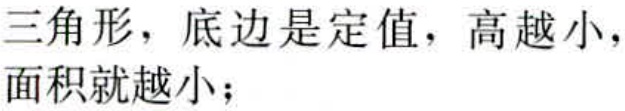
三角形，底边是定值，高越小，面积就越小；